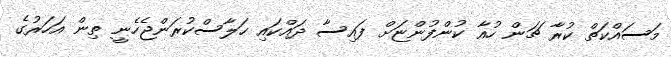
މަސައްކަތް ކުރާ ޗަން ހުއާ ކުންފުންޏަށް ފައިސާ ދައްކައި ހަލާސްކުރަންޖެހެނީ ތިން އަހަރުގެ